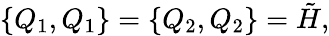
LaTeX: \{ Q_{1},Q_{1}\} =\{ Q_{2},Q_{2}\} =\tilde{H},